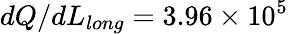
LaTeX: dQ/dL_{long}=3.96\times 10^{5}